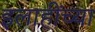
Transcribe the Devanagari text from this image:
इलाहींच्या